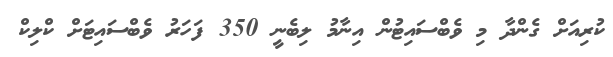
ކުރިއަށް ގެންދާ މި ވެބްސައިޓުން އިނާމު ލިބެނީ 350 ފަހަރު ވެބްސައިޓަށް ކްލިކް